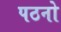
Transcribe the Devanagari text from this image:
पठनो